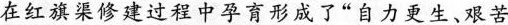
在红旗渠修建过程中孕育形成了“自力更生、艰苦